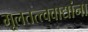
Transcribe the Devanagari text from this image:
मूलतत्त्ववाद्यांना